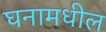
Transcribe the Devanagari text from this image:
घनामधील